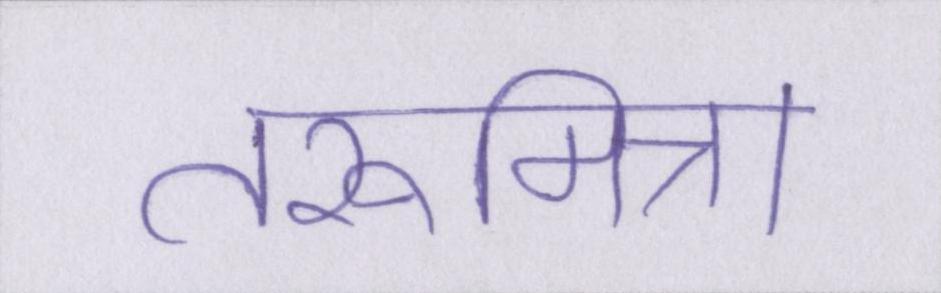
तरूमित्रा